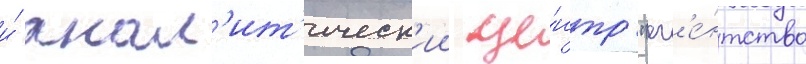
и́ анал'ит'ическ'ии це́нтр "аг'е́нтство